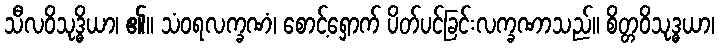
သီလဝိသုဒ္ဓိယာ၊ ၏။ သံဝရလက္ခဏံ၊ စောင့်ရှောက် ပိတ်ပင်ခြင်းလက္ခဏာသည်။ စိတ္တဝိသုဒ္ဓယာ၊